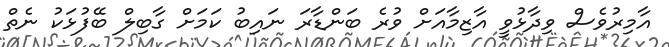
އާމިރުވެސް ވިދާޅުވީ އާޒިމާއަށް ވުރެ ބަންޑާރަ ނައިބު ކަމަށް ގާބިލް ބޭފުޅަކު ނެތް